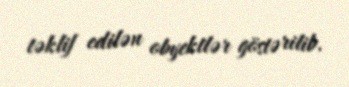
təklif edilən obyektlər göstərilib.